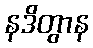
နဒိတွာန